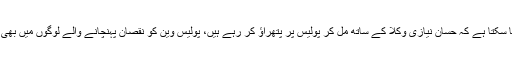
ایک ویڈیو میں دیکھا جا سکتا ہے کہ حسان نیازی وکلا کے ساتھ مل کر پولیس پر پتھراؤ کر رہے ہیں، پولیس وین کو نقصان پہنچانے والے لوگوں میں بھی حسان نیازی شامل ہیں۔